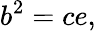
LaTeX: \displaystyle b^{2}=ce,